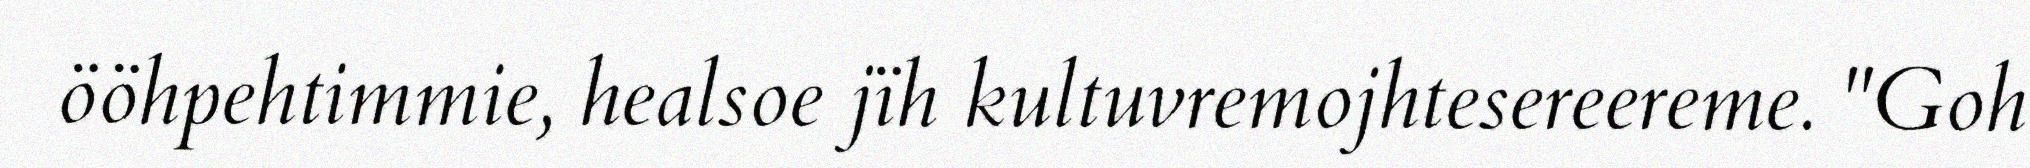
ööhpehtimmie, healsoe jïh kultuvremojhtesereereme. "Goh